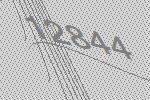
12844